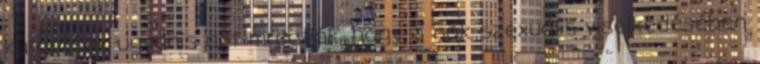
kutatások ugyanis azt mutatják, hogy a nők szexuális viselkedésében